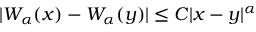
| W _ { \alpha } ( x ) - W _ { \alpha } ( y ) | \leq C | x - y | ^ { \alpha }